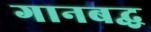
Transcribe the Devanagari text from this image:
गानबद्ध